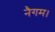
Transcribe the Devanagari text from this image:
नैगम।